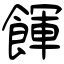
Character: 餫